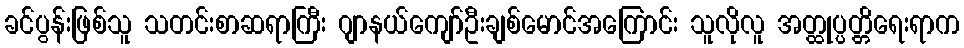
ခင်ပွန်းဖြစ်သူ သတင်းစာဆရာကြီး ဂျာနယ်ကျော်ဦးချစ်မောင်အကြောင်း သူလိုလူ အတ္ထုပ္ပတ္တိရေးရာက